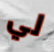
لي